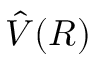
\hat { V } ( R )